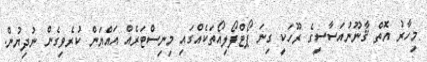
މިހާރު އޮތް ޤާނޫނުއަސާސީގެ ރޫހަކީ ގިނަ ޕޯޓްފޯލިއޯތަކެއްގައި މިނިސްޓަރެއް އައްޔަން ކުރެވިގެެން ނުދިޔުން.